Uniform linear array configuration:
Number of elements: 16
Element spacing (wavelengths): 1
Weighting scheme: kaiser
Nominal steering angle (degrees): -15
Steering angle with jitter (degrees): -16.494
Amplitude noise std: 0.05
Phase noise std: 0.05

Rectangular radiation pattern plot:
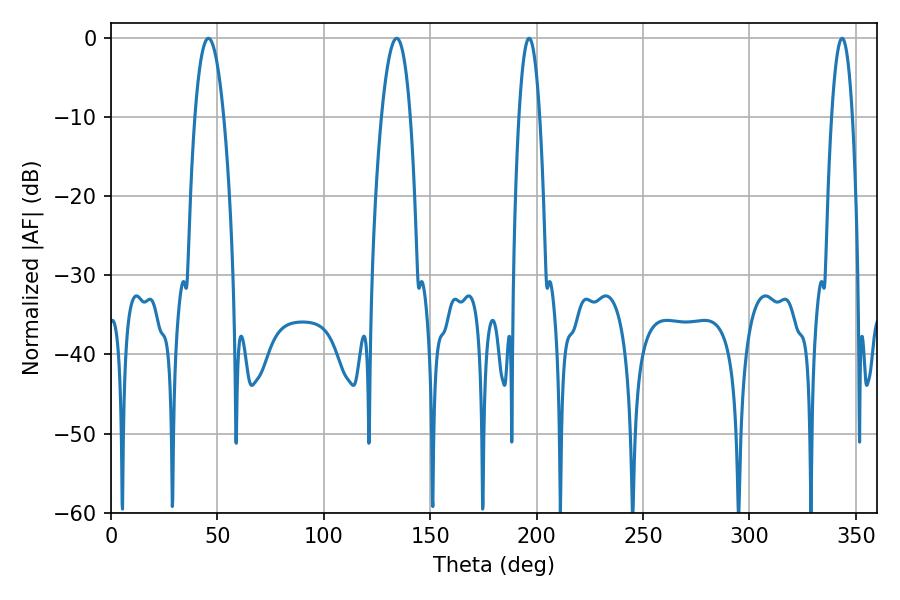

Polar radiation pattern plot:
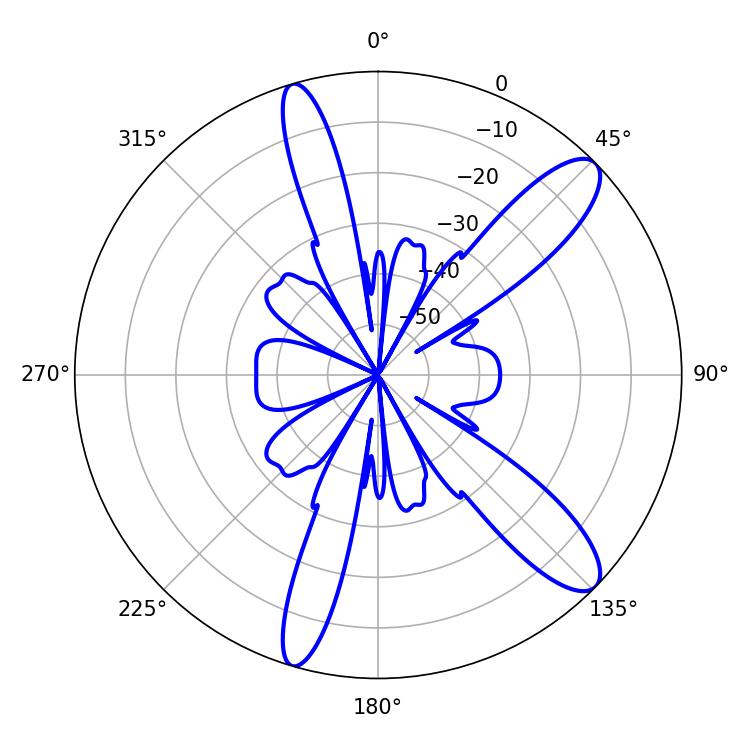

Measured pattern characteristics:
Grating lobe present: TRUE
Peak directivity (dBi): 11.433
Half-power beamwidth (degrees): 7.56
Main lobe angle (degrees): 134.28